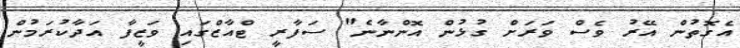
އެގޮތުން އޭރު ވެސް ވަރަށް ގުޅުން އޮންނާނެ" ސަފާރީ ޓްއާޒްގައި ވަޒީފާ އަދާކުރަމުން